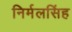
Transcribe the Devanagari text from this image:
निर्मलसिंह